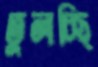
তুলচ্ছি